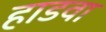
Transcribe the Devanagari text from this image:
हाडवा